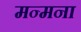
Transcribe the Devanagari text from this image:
मन्मना